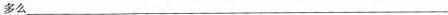
多么___